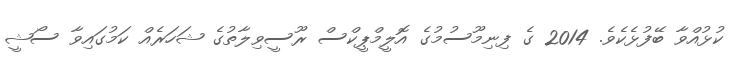
ކުޅުއްވާ ބޭފުޅެކެވެ. 2014 ގެ ފިނިމޫސުމުގެ އޮލީމްޕީކްސް ރޫސީވިލާތުގެ ޝަހަރެއް ކަމުގައިވާ ސޯޝީ